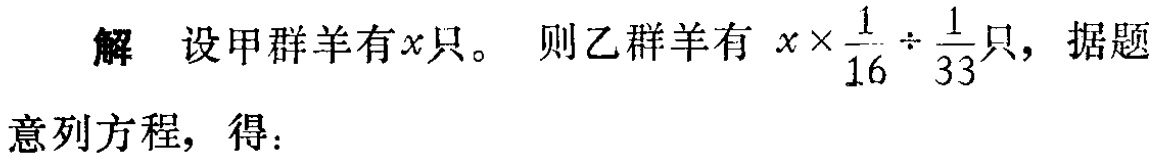
解 设甲群羊有\(x\)只。则乙群羊有\(x\times\frac{1}{16}\div\frac{1}{33}\)只，据题意列方程，得：